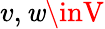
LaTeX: v,\mathit{w}\inV